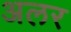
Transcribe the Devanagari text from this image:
अलर